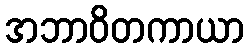
အဘာဝိတကာယာ